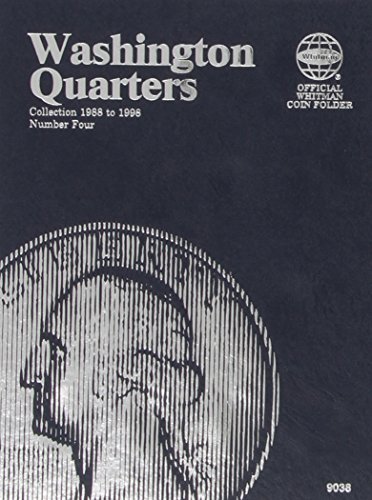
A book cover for Washington Quarter Folder Starting 1988; Whitman; Crafts, Hobbies & Home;